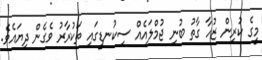
މީގެ ކުރިން ޒުހާ ގާތު ބުނި ޖުމްލައެއް ސިކުނޑީގައި ތަކުރާރު ވެގެން ދިޔައެވެ.